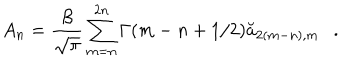
A _ { n } = { \frac { \beta } { \sqrt { \pi } } } \sum _ { m = n } ^ { 2 n } \Gamma ( m - n + 1 / 2 ) \breve { a } _ { 2 ( m - n ) , m } .